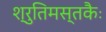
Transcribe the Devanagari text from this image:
श्रुतिमस्तकैः